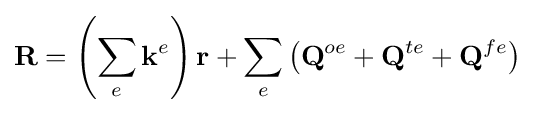
\mathbf {R} =\left(\sum _{e}\mathbf {k} ^{e}\right)\mathbf {r} +\sum _{e}\left(\mathbf {Q} ^{oe}+\mathbf {Q} ^{te}+\mathbf {Q} ^{fe}\right)